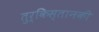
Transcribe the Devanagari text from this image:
तुर्किस्तानकी